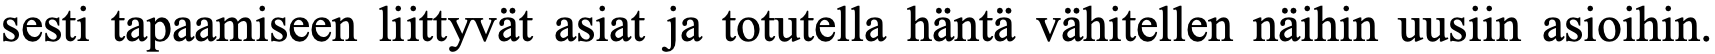
sesti tapaamiseen liittyvät asiat ja totutella häntä vähitellen näihin uusiin asioihin.